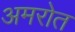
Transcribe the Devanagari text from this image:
अमरोत